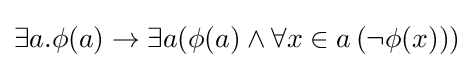
\exists a.\phi (a)\rightarrow \exists a(\phi (a)\wedge \forall x\in a\,(\neg \phi (x)))